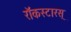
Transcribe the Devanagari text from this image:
रॉकस्टारस्